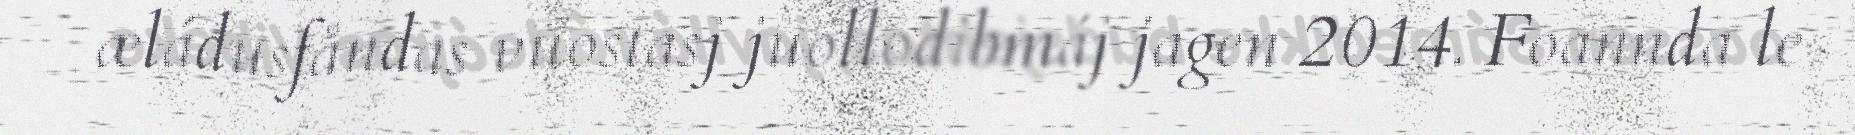
æládusfåndas vuostasj juollodibmáj jagen 2014. Foannda le